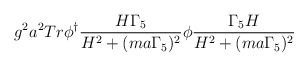
\begin{align*}g^{2}a^{2}Tr\phi^{\dagger}\frac{H\Gamma_{5}}{H^{2}+(ma\Gamma_{5})^{2}}\phi\frac{\Gamma_{5}H}{H^{2}+(ma\Gamma_{5})^{2}}\end{align*}